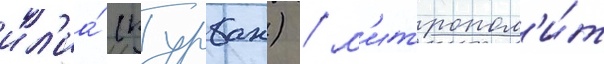
ил'иа́ (курбан) / м'итропол'и́т